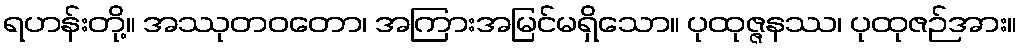
ရဟန်းတို့။ အဿုတဝတော၊ အကြားအမြင်မရှိသော။ ပုထုဇ္ဇနဿ၊ ပုထုဇဉ်အား။